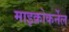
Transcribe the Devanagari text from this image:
माइक्रोकर्नेल